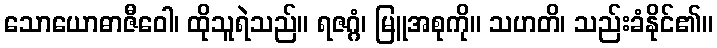
သောယောဓာဇီဝေါ၊ ထိုသူရဲသည်။ ရဇဂ္ဂံ၊ မြူအစုကို။ သဟတိ၊ သည်းခံနိုင်၏။